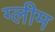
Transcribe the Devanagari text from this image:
ग्लीम